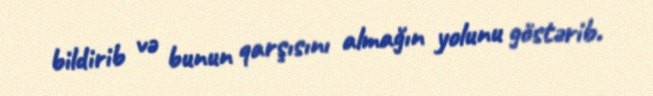
bildirib və bunun qarşısını almağın yolunu göstərib.